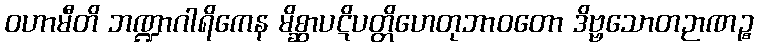
ဝဟာမီတိ ဘဏ္ဍာဂါရိကေန မိစ္ဆာပဋိပတ္တိဟေတုဘာဝတော ဒိဗ္ဗသောတဉာဏဉ္စ